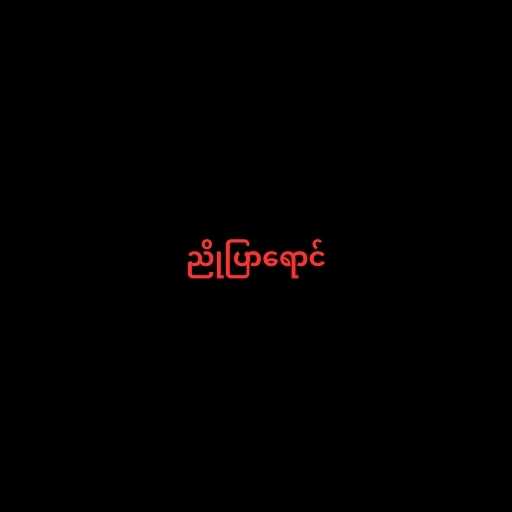
ညိုပြာရောင်